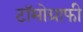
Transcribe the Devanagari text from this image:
टॉमोग्राफी